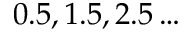
0 . 5 , 1 . 5 , 2 . 5 \dots